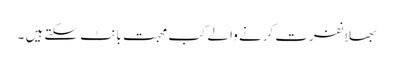
بھلا نفرت کرنے والے کب محبت بانٹ سکتے ہیں ۔